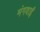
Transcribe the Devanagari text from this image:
मंगवाईं